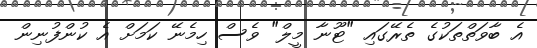
އެ ބާވަތްތަކުގެ ތެރޭގައި "ޓޫނާ މީލް" ވެސް ހިމެނޭ ކަމަށް އެ ކުންފުނިން